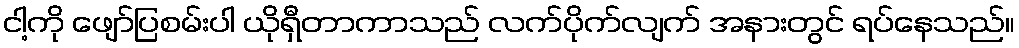
ငါ့ကို ဖျော်ပြစမ်းပါ ယိုရှီတာကာသည် လက်ပိုက်လျက် အနားတွင် ရပ်နေသည်။